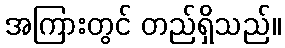
အကြားတွင် တည်ရှိသည်။